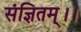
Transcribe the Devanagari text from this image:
संज्ञितम्।।